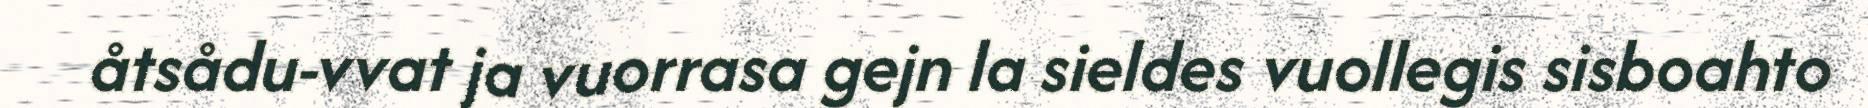
åtsådu-vvat ja vuorrasa gejn la sieldes vuollegis sisboahto